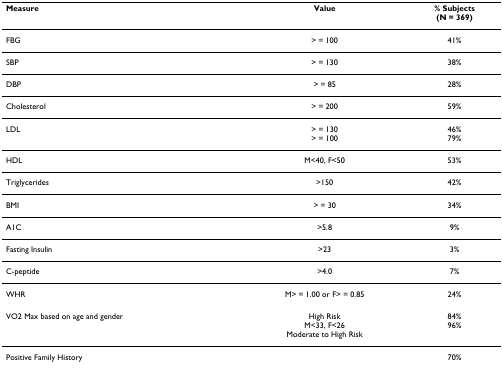
| Measure | Value | % Subjects(N = 369) |
 | --- | --- | --- |
 | FBG | > = 100 | 41% |
 | SBP | > = 130 | 38% |
 | DBP | > = 85 | 28% |
 | Cholesterol | > = 200 | 59% |
 | LDL | > = 130> = 100 | 46%79% |
 | HDL | M<40, F<50 | 53% |
 | Triglycerides | >150 | 42% |
 | BMI | > = 30 | 34% |
 | A1C | >5.8 | 9% |
 | Fasting Insulin | >23 | 3% |
 | C-peptide | >4.0 | 7% |
 | WHR | M> = 1.00 or F> = 0.85 | 24% |
 | VO2 Max based on age and gender | High RiskM<33, F<26Moderate to High Risk | 84%96% |
 | Positive Family History |  | 70% |